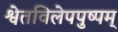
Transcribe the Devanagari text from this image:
श्वेतविलेपपुष्पम्